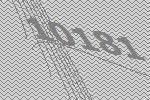
10181